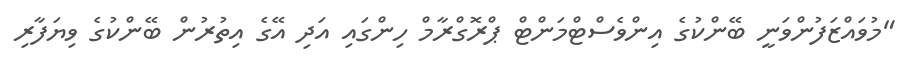
"މުވައްޒަފުންވަނީ ބޭންކުގެ އިންވެސްޓްމަންޓް ޕްރޮގްރާމް ހިންގައި އަދި އޭގެ އިތުރުން ބޭންކުގެ ވިޔަފާރި